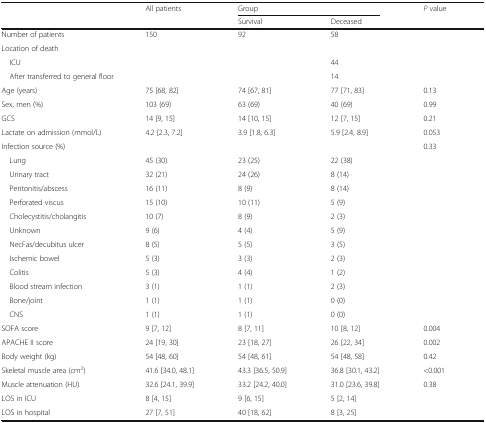
<table><thead><tr><td rowspan="2"></td><td rowspan="2"><b>All patients</b></td><td colspan="2"><b>Group</b></td><td rowspan="2"><b><i>P</i> value</b></td></tr><tr><td><b>Survival</b></td><td><b>Deceased</b></td></tr></thead><tbody><tr><td>Number of patients</td><td>150</td><td>92</td><td>58</td><td></td></tr><tr><td colspan="5">Location of death</td></tr><tr><td> ICU</td><td></td><td></td><td>44</td><td></td></tr><tr><td colspan="2"> After transferred to general floor</td><td></td><td>14</td><td></td></tr><tr><td>Age (years)</td><td>75 [68, 82]</td><td>74 [67, 81]</td><td>77 [71, 83]</td><td>0.13</td></tr><tr><td>Sex, men (%)</td><td>103 (69)</td><td>63 (69)</td><td>40 (69)</td><td>0.99</td></tr><tr><td>GCS</td><td>14 [9, 15]</td><td>14 [10, 15]</td><td>12 [7, 15]</td><td>0.21</td></tr><tr><td>Lactate on admission (mmol/L)</td><td>4.2 [2.3, 7.2]</td><td>3.9 [1.8, 6.3]</td><td>5.9 [2.4, 8.9]</td><td>0.053</td></tr><tr><td>Infection source (%)</td><td></td><td></td><td></td><td>0.33</td></tr><tr><td> Lung</td><td>45 (30)</td><td>23 (25)</td><td>22 (38)</td><td></td></tr><tr><td> Urinary tract</td><td>32 (21)</td><td>24 (26)</td><td>8 (14)</td><td></td></tr><tr><td> Peritonitis/abscess</td><td>16 (11)</td><td>8 (9)</td><td>8 (14)</td><td></td></tr><tr><td> Perforated viscus</td><td>15 (10)</td><td>10 (11)</td><td>5 (9)</td><td></td></tr><tr><td> Cholecystitis/cholangitis</td><td>10 (7)</td><td>8 (9)</td><td>2 (3)</td><td></td></tr><tr><td> Unknown</td><td>9 (6)</td><td>4 (4)</td><td>5 (9)</td><td></td></tr><tr><td> NecFas/decubitus ulcer</td><td>8 (5)</td><td>5 (5)</td><td>3 (5)</td><td></td></tr><tr><td> Ischemic bowel</td><td>5 (3)</td><td>3 (3)</td><td>2 (3)</td><td></td></tr><tr><td> Colitis</td><td>5 (3)</td><td>4 (4)</td><td>1 (2)</td><td></td></tr><tr><td> Blood stream infection</td><td>3 (1)</td><td>1 (1)</td><td>2 (3)</td><td></td></tr><tr><td> Bone/joint</td><td>1 (1)</td><td>1 (1)</td><td>0 (0)</td><td></td></tr><tr><td> CNS</td><td>1 (1)</td><td>1 (1)</td><td>0 (0)</td><td></td></tr><tr><td>SOFA score</td><td>9 [7, 12]</td><td>8 [7, 11]</td><td>10 [8, 12]</td><td>0.004</td></tr><tr><td>APACHE II score</td><td>24 [19, 30]</td><td>23 [18, 27]</td><td>26 [22, 34]</td><td>0.002</td></tr><tr><td>Body weight (kg)</td><td>54 [48, 60]</td><td>54 [48, 61]</td><td>54 [48, 58]</td><td>0.42</td></tr><tr><td>Skeletal muscle area (cm<sup>2</sup>)</td><td>41.6 [34.0, 48.1]</td><td>43.3 [36.5, 50.9]</td><td>36.8 [30.1, 43.2]</td><td>&lt;0.001</td></tr><tr><td>Muscle attenuation (HU)</td><td>32.6 [24.1, 39.9]</td><td>33.2 [24.2, 40.0]</td><td>31.0 [23.6, 39.8]</td><td>0.38</td></tr><tr><td>LOS in ICU</td><td>8 [4, 15]</td><td>9 [6, 15]</td><td>5 [2, 14]</td><td></td></tr><tr><td>LOS in hospital</td><td>27 [7, 51]</td><td>40 [18, 62]</td><td>8 [3, 25]</td><td></td></tr></tbody></table>